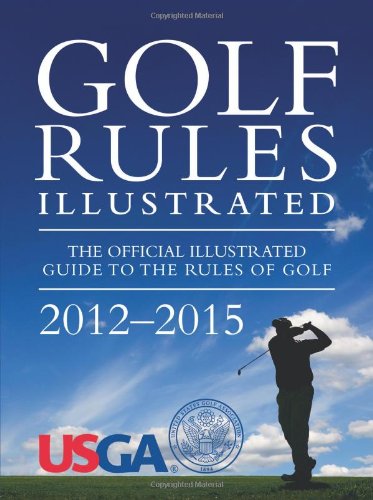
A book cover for Golf Rules Illustrated; United States Golf Association; Sports & Outdoors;